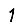
Digit: 1